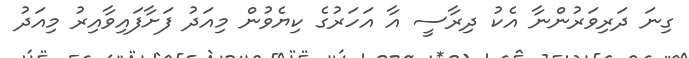
ގިނަ ދަރިވަރުންނާ އެކު ދިރާސީ އާ އަހަރުގެ ކިޔެވުން މިއަދު ފަށާފައިވާއިރު މިއަދު